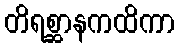
တိရစ္ဆာနကထိကာ